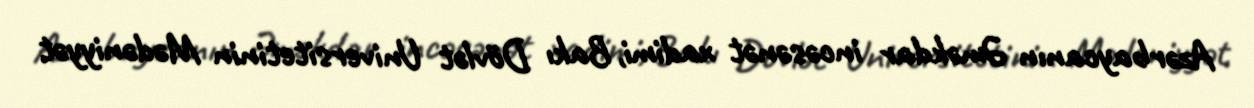
Azərbaycanın Əməkdar incəsənət xadimi, Bakı Dövlət Universitetinin Mədəniyyət